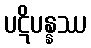
ပဋိပန္နဿ